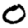
Digit: 0